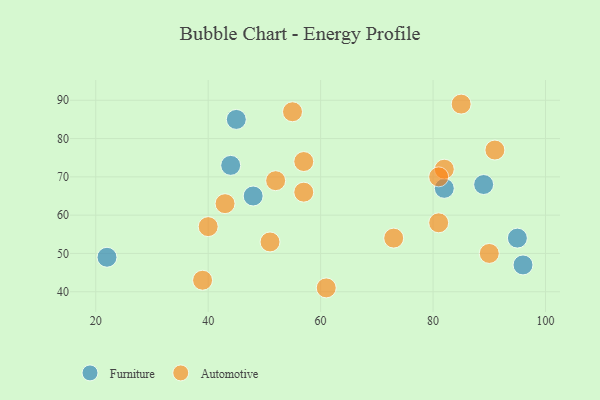
{"axis": {"x": "GDP", "y": "Life Expectancy"}, "legend": ["Automotive", "Furniture"], "data": [{"x": "22", "y": 49, "type": "Furniture"}, {"x": "82", "y": 67, "type": "Furniture"}, {"x": "96", "y": 47, "type": "Furniture"}, {"x": "44", "y": 73, "type": "Furniture"}, {"x": "48", "y": 65, "type": "Furniture"}, {"x": "45", "y": 85, "type": "Furniture"}, {"x": "95", "y": 54, "type": "Furniture"}, {"x": "89", "y": 68, "type": "Furniture"}, {"x": "81", "y": 58, "type": "Automotive"}, {"x": "57", "y": 66, "type": "Automotive"}, {"x": "55", "y": 87, "type": "Automotive"}, {"x": "73", "y": 54, "type": "Automotive"}, {"x": "39", "y": 43, "type": "Automotive"}, {"x": "90", "y": 50, "type": "Automotive"}, {"x": "57", "y": 74, "type": "Automotive"}, {"x": "51", "y": 53, "type": "Automotive"}, {"x": "61", "y": 41, "type": "Automotive"}, {"x": "82", "y": 72, "type": "Automotive"}, {"x": "91", "y": 77, "type": "Automotive"}, {"x": "81", "y": 70, "type": "Automotive"}, {"x": "52", "y": 69, "type": "Automotive"}, {"x": "85", "y": 89, "type": "Automotive"}, {"x": "40", "y": 57, "type": "Automotive"}, {"x": "43", "y": 63, "type": "Automotive"}]}